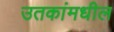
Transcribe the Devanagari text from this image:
उतकांमधील